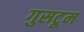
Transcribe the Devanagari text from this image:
गुसटूम